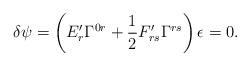
LaTeX: \begin{align*}\delta\psi=\left(E'_r\Gamma^{0r}+\frac{1}{2}F'_{rs}\Gamma^{rs}\right)\epsilon=0.\end{align*}